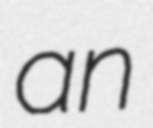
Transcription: an